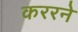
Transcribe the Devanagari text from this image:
कररने